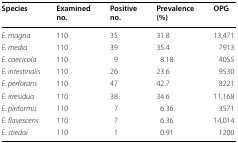
| Species | Examined no. | Positive no. | Prevalence (%) | OPG |
 | --- | --- | --- | --- | --- |
 | E. magna | 110 | 35 | 31.8 | 13,471 |
 | E. media | 110 | 39 | 35.4 | 7913 |
 | E. coecicola | 110 | 9 | 8.18 | 4055 |
 | E. intestinalis | 110 | 26 | 23.6 | 9530 |
 | E. perforans | 110 | 47 | 42.7 | 8221 |
 | E. irresidua | 110 | 38 | 34.6 | 11,168 |
 | E. piriformis | 110 | 7 | 6.36 | 3571 |
 | E. flavescens | 110 | 7 | 6.36 | 14,014 |
 | E. stiedai | 110 | 1 | 0.91 | 1200 |